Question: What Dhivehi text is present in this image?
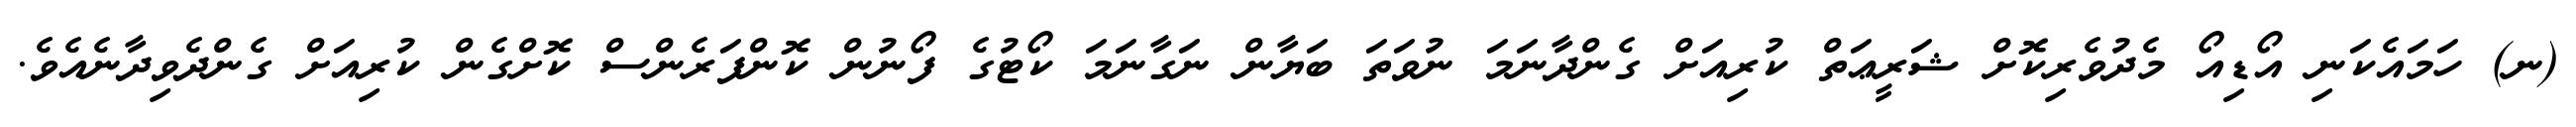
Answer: (ނ) ހަމައެކަނި އޯޑިއޯ މެދުވެރިކޮށް ޝަރީޢަތް ކުރިއަށް ގެންދާނަމަ ނުވަތަ ބަޔާން ނަގާނަމަ ކޯޓުގެ ފޯނުން ކޮންފަރެންސް ކޮށްގެން ކުރިއަށް ގެންދެވިދާނެއެވެ.